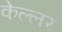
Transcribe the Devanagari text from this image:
केल्लर